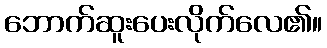
ဘောက်ဆူးပေးလိုက်လေ၏။